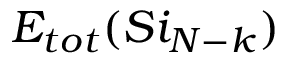
E _ { t o t } ( S i _ { N - k } )